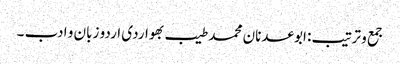
جمع و ترتیب: ابوعدنان محمد طیب بھواردی	اردو زبان و ادب ۔